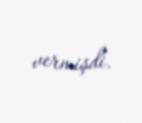
vermişdi.